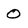
Character: 0